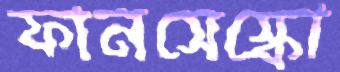
ফানসেস্কো